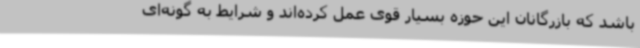
باشد که بازرگانان این حوزه بسیار قوی عمل کرده‌اند و شرایط به‌ گونه‌ای